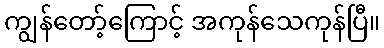
ကျွန်တော့်ကြောင့် အကုန်သေကုန်ပြီ။